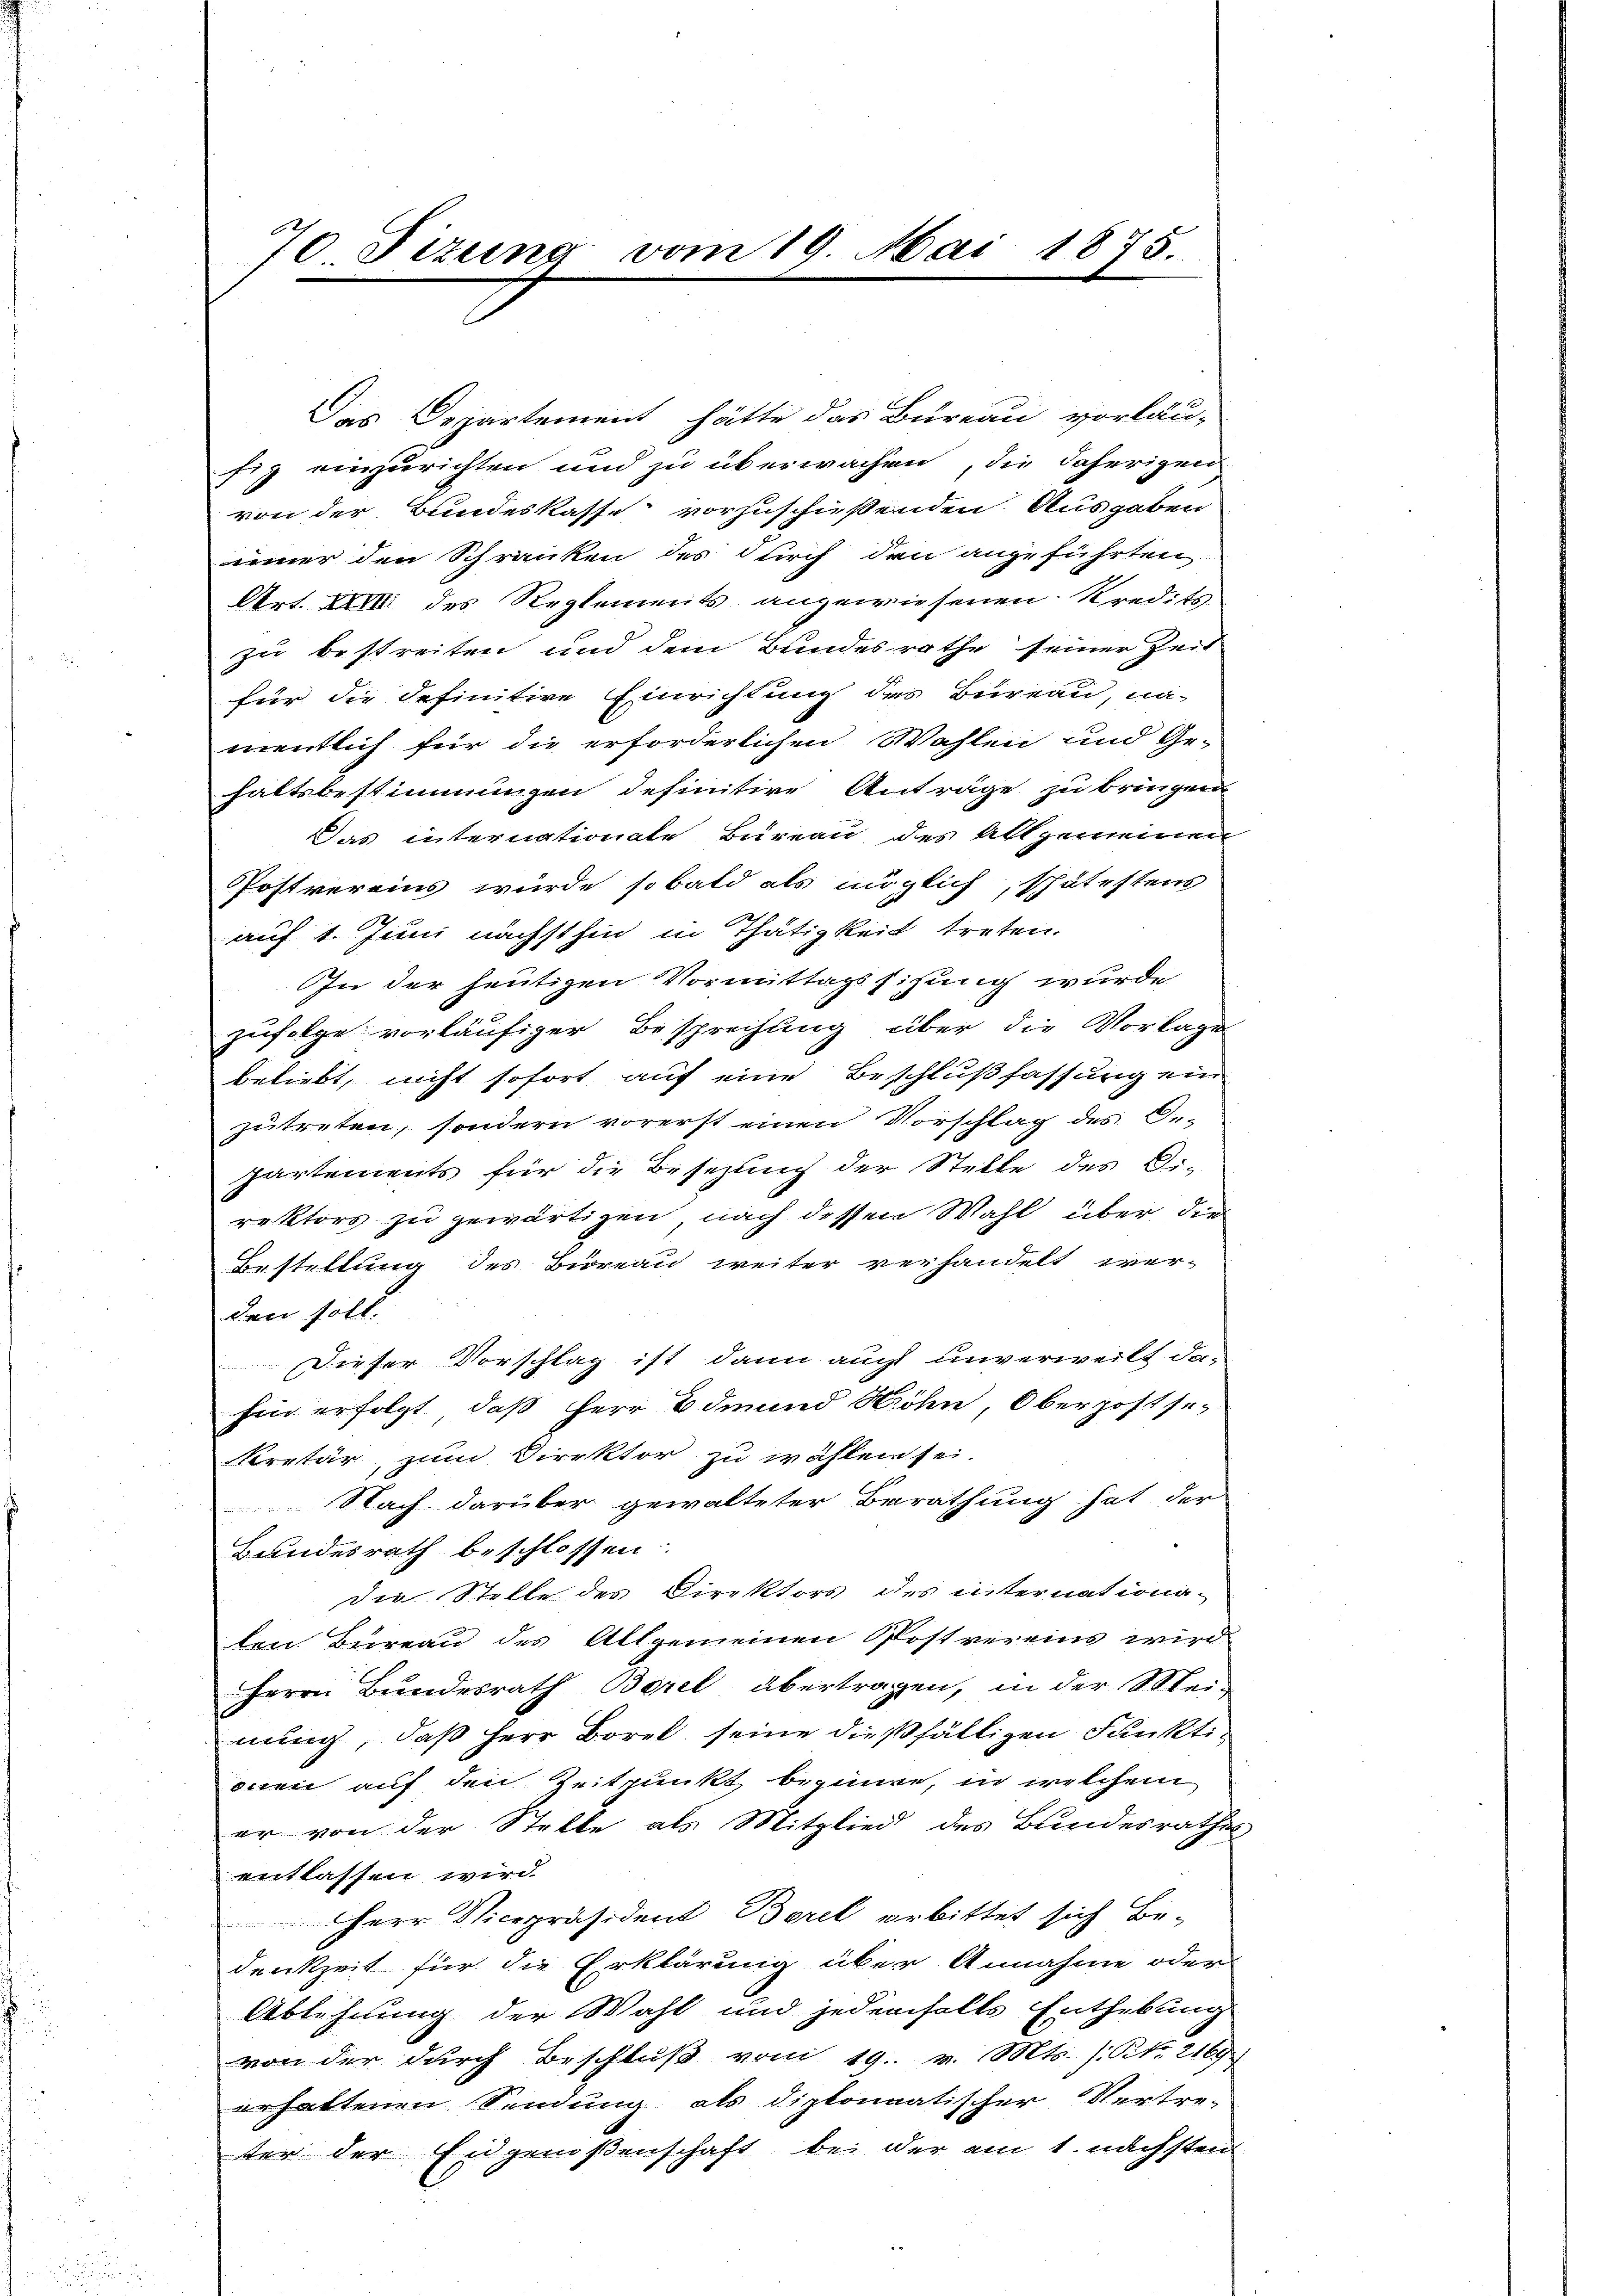
70 Sizung vom 19. Mai 1875.

Das Departement hätte das Büreau vorläu-
fig einzurichten und zu überwachen, die daherigen
von der Bundeskasse vorzuschießenden Ausgaben
iimer den Schränken des durch den angeführten
Art. XXIII des Reglements angewiesenen Kredits
zu bestreiten und dem Bundesrathe seiner Zeit-
für die definitive Einrichtung des Bureau, na-
mentlich für die erforderlichen Wahlen und Ge-
haltsbestimmungen definitive Anträge zu bringen
Das internationale Bureau des Allgemeinen
PPostvereins wurde sobald als möglich, spätestens
auf 1. Juni nächsthin in Thätigkeit treten.
In der heutigen Vormittagssitzung wurde
zufolge vorläufiger Besprechung über die Vorlages
beliebt, nicht sofort auf eine Beschlußfassung ein
zutreten, sondern vorerst einen Vorschlag des Ge-
partements für die Besezung der Stelle des Di-
rektors zu gewärtigen, nach dessen Wahl über die
Bestellung des Büreau weiter verhandelt wer-
den soll.
Dieser Vorschlag ist dann auch unverweilt da-
hin erfolgt, daß Herr Edmund Kröhn, Oberpost se¬
Kretär, zum Direktor zu wählen sei.
Nach darüber gewalteter Berathung hat der
Bundesrath beschlossen:
die Stelle des Direktors des internationa-
ten Bureau des Allgemeinen Postvereins wird
Herrn Bundesrath Borel übertragen, in der Meinung, daß Herr Borel, seine dießfälligen Funktionen auf den Zeitpunkt beginne, in welchem
er von der Stelle als Mitglied des Bundesrathes
entlassen wird.
HHerr Vicepräsident Borel erbittet sich Be-
denkzeit für die Erklärung über Annahme oder
Ablehnung der Wahl und jedenfalls Enthebung
von der durch Beschluß vom 19. v. Mts. 1. No. 2169
erhaltenen Sendung als diplomatischer Vertre-
ter der Eidgenoßenschaft bei der am 1. nächsten